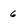
Character: 6